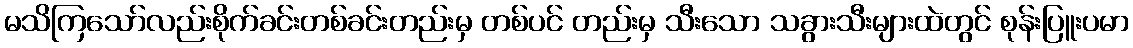
မသိကြသော်လည်းစိုက်ခင်းတစ်ခင်းတည်းမှ တစ်ပင် တည်းမှ သီးသော သခွားသီးများထဲတွင် စုန်းပြူးပမာ